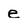
Character: e